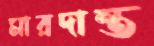
মারদান্ত